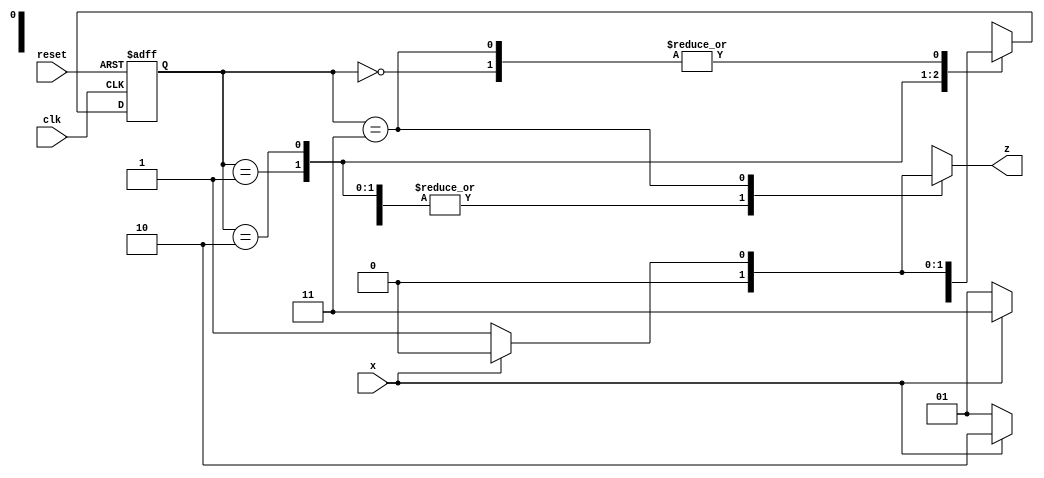
//Sequence detector for pattern "0110"

module seq_detector (x, clk, reset, z);
  input x, clk, reset;
  output reg z;
  parameter S0=0, S1=1, S2=2, S3=3;
  reg [0:1] PS, NS;

  always @ (posedge clk or posedge reset)
    if (reset) PS <= S0;
    else       PS <= NS;
  
  always @ (PS,x)
     case (PS)
      S0: begin
         z = x ? 0 : 0; 
         NS = x ? S0 : S1;
       end
     S1: begin
         z = x ? 0 : 0; 
         NS = x ? S2 : S1;
       end
     S2: begin
         z = x ? 0 : 0; 
         NS = x ? S3 : S1;
       end
     S3: begin
         z = x ? 0 : 1; 
         NS = x ? S0 : S1;
       end
   endcase
endmodule